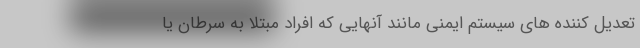
تعدیل کننده های سیستم ایمنی مانند آنهایی که افراد مبتلا به سرطان یا